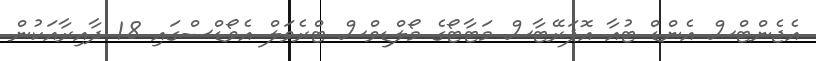
އެޖެންޓްސް އެންޑް ޓުއާ އޮޕަރޭޓާސް މަޓާޓޯގެ މޯލްޑިވްސް ޓްރެވަލް އެވޯޑްސްގައި 18 ދާއިރާއަކުން